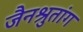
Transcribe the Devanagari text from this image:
जैनश्रुतांग